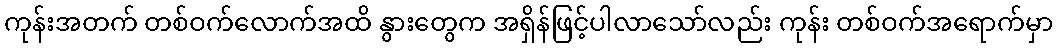
ကုန်းအတက် တစ်ဝက်လောက်အထိ နွားတွေက အရှိန်ဖြင့်ပါလာသော်လည်း ကုန်း တစ်ဝက်အရောက်မှာ